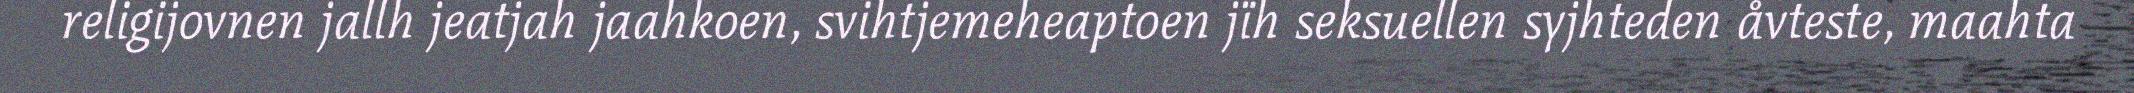
religijovnen jallh jeatjah jaahkoen, svihtjemeheaptoen jïh seksuellen syjhteden åvteste, maahta